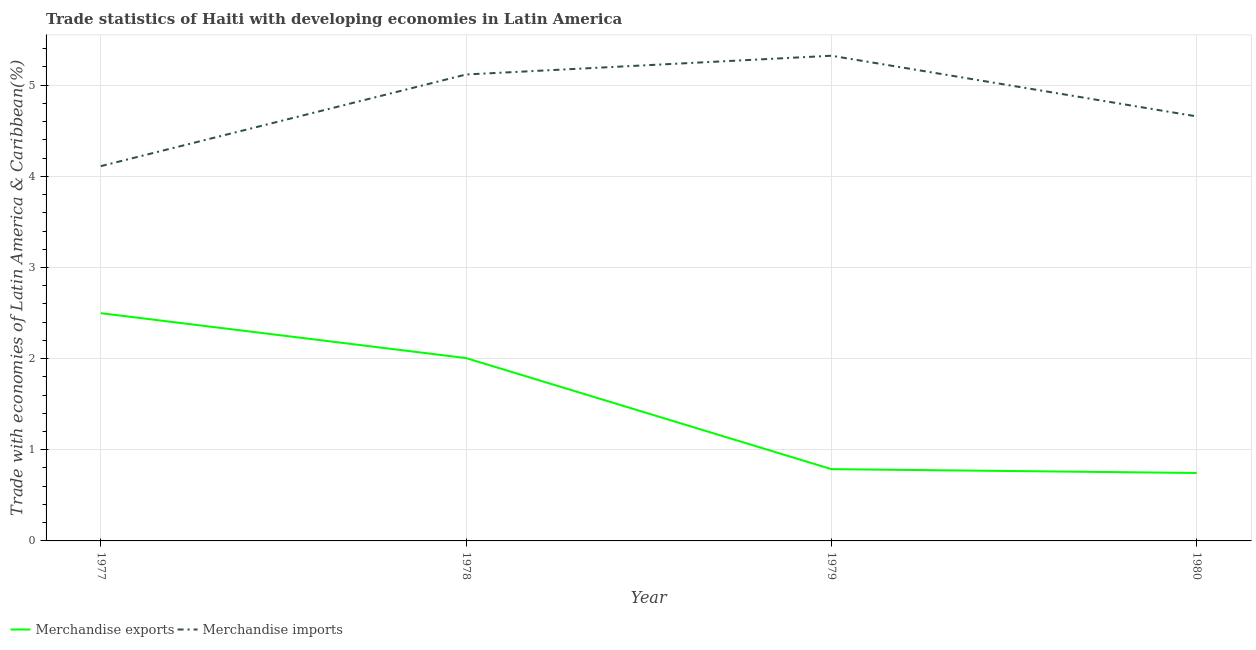
| Year | Merchandise exports | Merchandise imports |
 | --- | --- | --- |
 | 1977 | 2.5 | 4.11 |
 | 1978 | 2.01 | 5.12 |
 | 1979 | 0.787 | 5.32 |
 | 1980 | 0.746 | 4.66 |